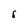
Character: 5